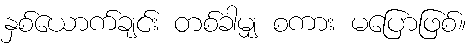
နှစ်ယောက်ချင်း တစ်ခါမျှ စကား မပြောဖြစ်။